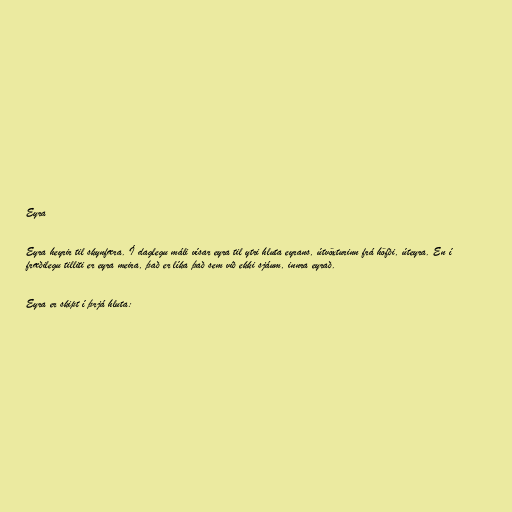
Eyra

Eyra heyrir til skynfæra. Í daglegu máli vísar eyra til ytri hluta eyrans, útvöxturinn frá höfði, úteyra. En í
fræðilegu tilliti er eyra meira, það er líka það sem við ekki sjáum, innra eyrað.

Eyra er skipt í þrjá hluta: